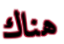
هناك